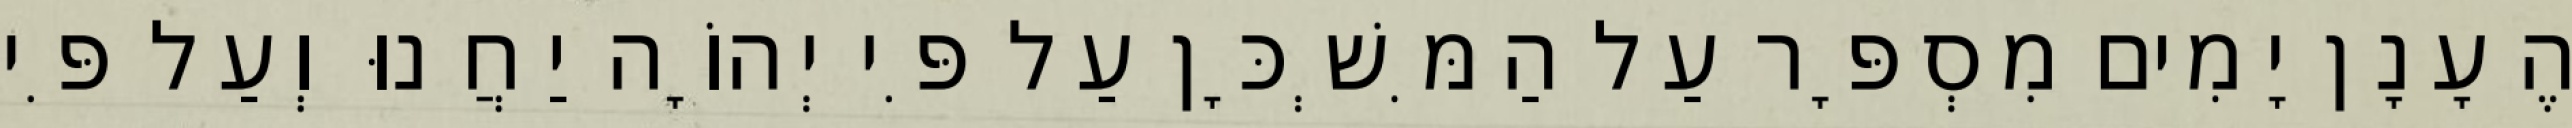
הֶעָנָן יָמִים מִסְפָּר עַל הַמִּשְׁכָּן עַל פִּי יְהוָֹה יַחֲנוּ וְעַל פִּי